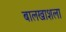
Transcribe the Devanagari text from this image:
बालखाशला